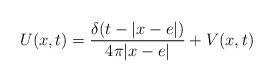
LaTeX: \begin{align*}\begin{aligned}U(x,t)=\frac{\delta(t-\lvert x-e\rvert)}{4\pi\lvert x-e\rvert}+V(x,t)\end{aligned}\end{align*}